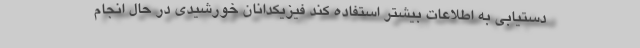
دستیابی به اطلاعات بیشتر استفاده کند فیزیکدانان خورشیدی در حال انجام